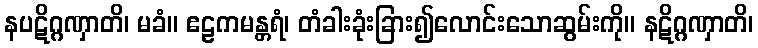
နပဋိဂ္ဂဏှာတိ၊ မခံ။ ဧဠကမန္တရံ၊ တံခါးခုံးခြား၍လောင်းသောဆွမ်းကို။ နဋိဂ္ဂဏှာတိ၊